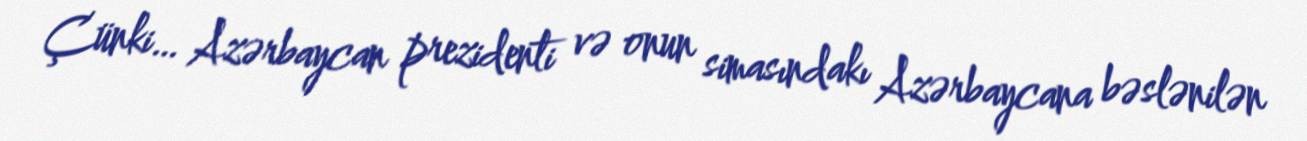
Çünki… Azərbaycan prezidenti və onun simasındakı Azərbaycana bəslənilən